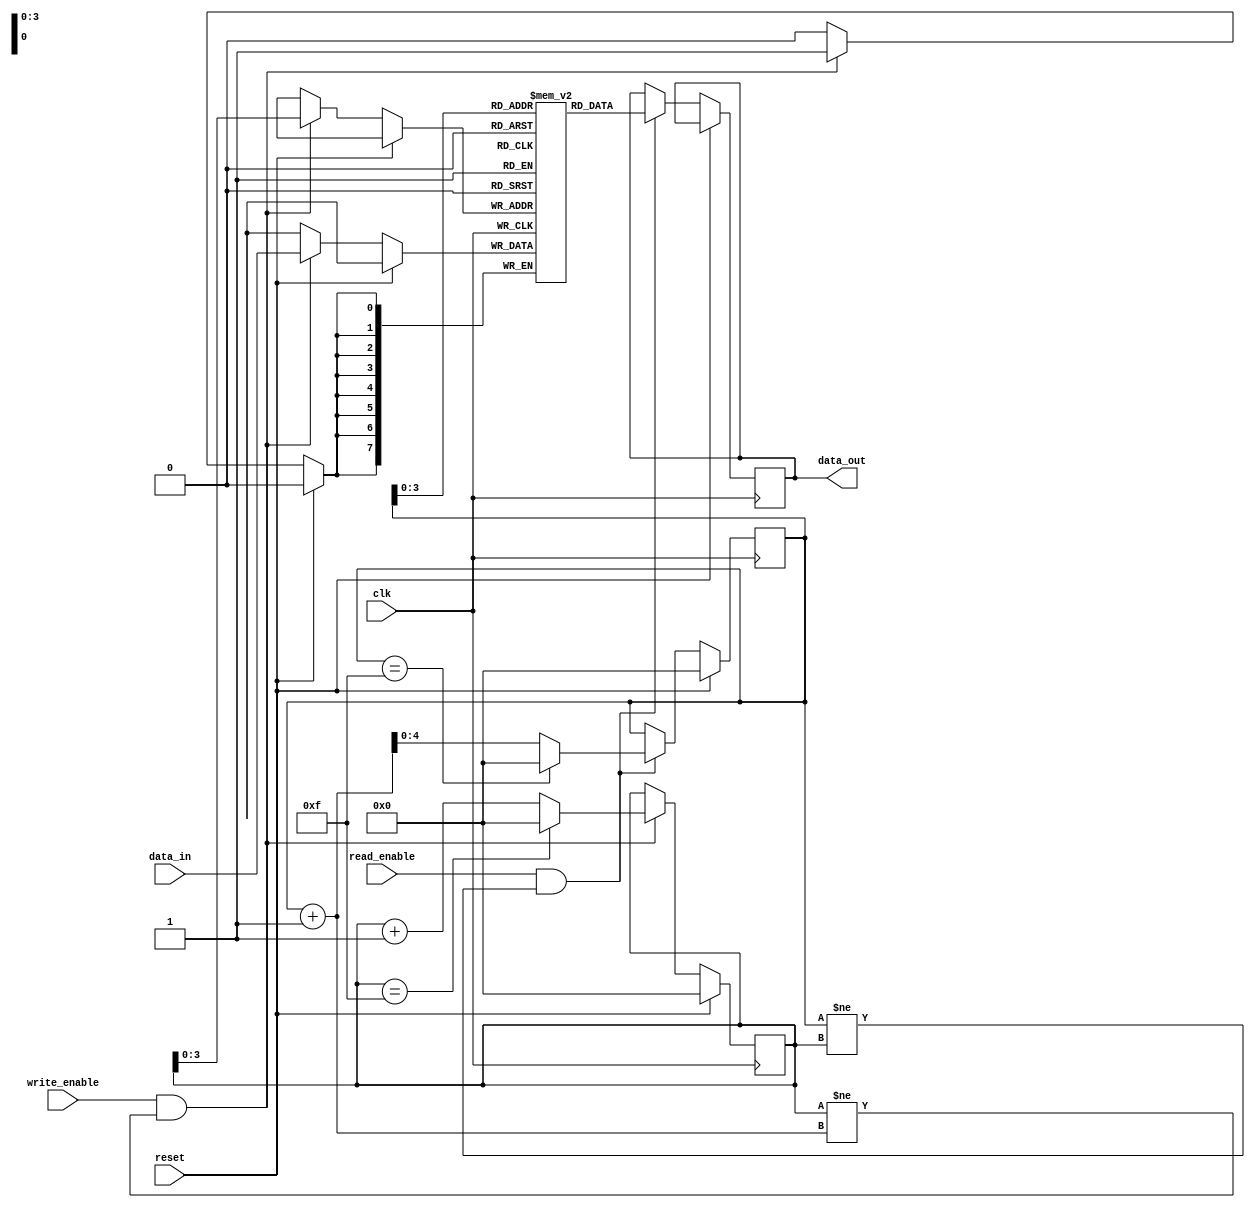
module fifo_buffer (
    input wire clk,
    input wire reset,
    input wire write_enable,
    input wire read_enable,
    input wire [DATA_WIDTH-1:0] data_in,
    output reg [DATA_WIDTH-1:0] data_out
);

parameter DATA_WIDTH = 8;
parameter DEPTH = 16;

reg [DATA_WIDTH-1:0] fifo[DEPTH-1:0];
reg [4:0] write_pointer, read_pointer;

always @(posedge clk) begin
    if (reset) begin
        write_pointer <= 0;
        read_pointer <= 0;
    end else begin
        if (write_enable && (write_pointer != read_pointer + 1)) begin
            fifo[write_pointer] <= data_in;
            write_pointer <= (write_pointer == DEPTH-1) ? 0 : write_pointer + 1;
        end
        if (read_enable && (read_pointer != write_pointer)) begin
            data_out <= fifo[read_pointer];
            read_pointer <= (read_pointer == DEPTH-1) ? 0 : read_pointer + 1;
        end
    end
end

endmodule